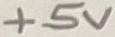
Text: +5V